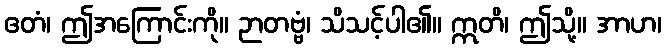
ဧတံ၊ ဤအကြောင်းကို။ ဉာတဗ္ဗံ၊ သိသင့်ပါ၏။ ဣတိ၊ ဤသို့။ အာဟ၊